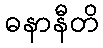
ဓနာနီတိ